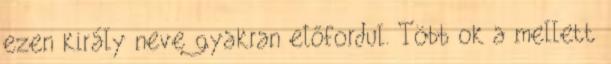
ezen király neve gyakran előfordul. Több ok a mellett